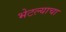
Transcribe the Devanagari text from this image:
भेटल्याचा